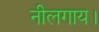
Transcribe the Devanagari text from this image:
नीलगाय।